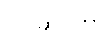
ပြင်ဆင်ကာ